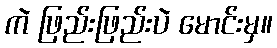
ကဲ ဖြည်းဖြည်းပဲ မောင်းမှ။